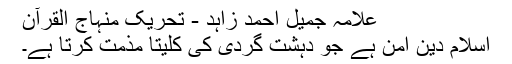
علامہ جمیل احمد زاہد - تحریک منہاج القرآن
اسلام دین امن ہے جو دہشت گردی کی کلیتا مذمت کرتا ہے۔